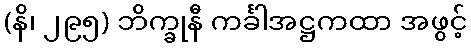
(နိ၊ ၂၉၅) ဘိက္ခုနီ ကင်္ခါအဋ္ဌကထာ အဖွင့်